Cholera in southern India
Disease focus: Cholera
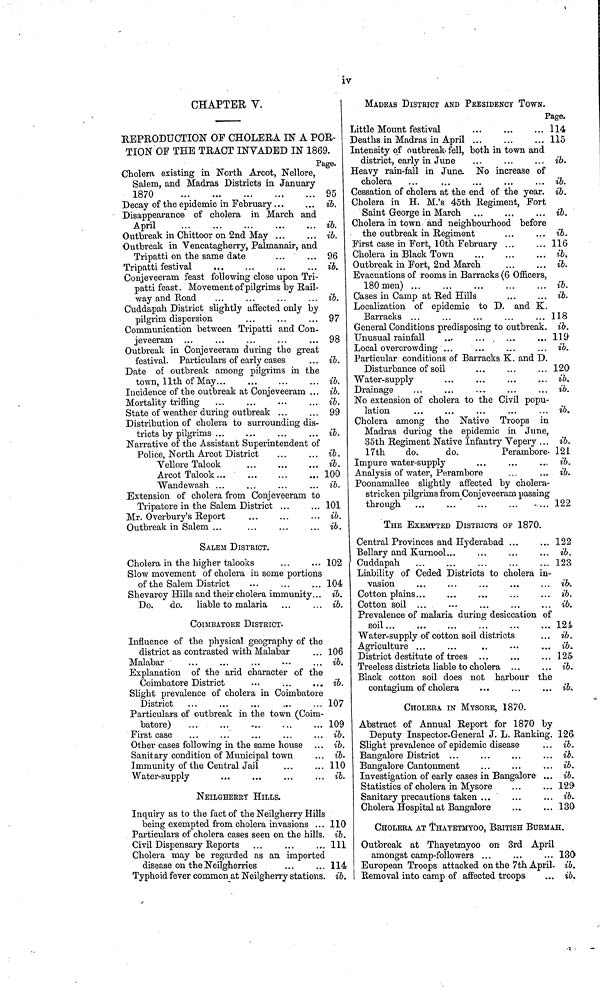
iv
CHAPTER V.
REPRODUCTION OF CHOLERA IN A POR-
TION OP THE TRACT INVADED IN 1869.
Page.
Cholera existing in North Arcot, Nellore,
Salem, and Madras Districts in January
1870
95
Decay of the epidemic in February...
... ib.
Disappearance of cholera in March and
April
...
...
...
...
... ib.
Outbreak in Chittoor on 2nd May
ib.
Outbreak in Vencatagherry, Palmanair, and
Tripatti on the same date
...
... 96
Tripatti festival
.,
ib.
Conjeveeram feast following close upon Tri-
patti feast. Movement of pilgrims by Bail-
way and Road
...
...
...
... ib.
Cuddapah District slightly affected only by
pilgrim dispersion
...
...
... 97
Communication between Tripatti and Con-
jeveeram ...
...
...
...
... 98
Outbreak in Conjeveeram during the great
festival. Particulars of early cases
... ib.
Date of outbreak among pilgrims in the
town, 11th of May
ib.
Incidence of the outbreak at Conjeveeram ... ib.
Mortality trifling
... ib.
State of weather during outbreak
99
Distribution of cholera to surrounding dis-
tricts by pilgrims ...
...
...
... ib.
Narrative of the Assistant Superintendent of
Police, North Arcot District
...
... ib.
Vellore Talook
...
...
... ib.
Arcot Talook
100
Wandewash ...
...
...
... ib.
Extension of cholera from Conjeveeram to
Tripatore in the Salem District ... ... 101
Mr. Overbury's Report
...
...
... ib.
Outbreak in Salem ...
...
...
... ib.
SALEM DISTRICT.
Cholera in the higher talooks
...
... 102
Slow movement of cholera in some portions
of the Salem District
...
104
Shevaroy Hills and their cholera immunity... ib.
Do.
do. liable to malaria ...
... ib.
COIMBATORE DISTRICT.
Influence of the physical geography of the
district as contrasted with Malabar
... 106
Malabar
...
...
...
...
... ib,
Explanation of the arid character of the
Coimbatore District
...
...
... ib.
Slight prevalence of cholera in Coimbatore
District
107
Particulars of outbreak in the town (Coim-
batore)
109
First case
...
...
...
...
... ib.
Other cases following in the same house ... ib.
Sanitary condition of Municipal town
... ib.
Immunity of the Central Jail
...
... 110
Water-supply
...
...
...
... ib.
NEILGHEBRY HILLS.
Inquiry as to the fact of the Neilgherry Hills
being exempted from cholera invasions ... 110
Particulars of cholera cases seen on the hills. ib.
Civil Dispensary Reports ...
...
... 111
Cholera may be regarded as an imported
disease on the Neilgherries
...
... 114
Typhoid fever common at Neilgherry stations. ib.
MADBAS DISTRICT AND PRESIDENCY TOWN.
Page.
Little Mount festival
...
...
... 114
Deaths in Madras in April
115
Intensity of outbreak- fell, both in town and
district, early in June
...
...
... ib.
Heavy rain-fall in June. No increase of
cholera
...
...
...
...
... ib.
Cessation of cholera at the end of the year. ib.
Cholera in H. M.'s 45th Regiment, Fort
Saint George in March ...
...
... ib.
Cholera in town and neighbourhood before
the outbreak in Regiment
...
... ib.
First case in Fort, 10th February
116
Cholera in Black Town
...
...
... ib,
Outbreak in Fort, 2nd March
...
... ib.
Evacuations of rooms in Barracks (6 Officers,
180 men)
ib.
Cases in Camp at Bed Hills
...
... ib.
Localization of epidemic to D. and K.
Barracks ...
...
...
...
... 118
General Conditions predisposing to outbreak. ib.
Unusual rainfall
..,
...
...
... 119
Local overcrowding ...
...
...
... ib.
Particular conditions of Barracks K. and D.
Disturbance of soil
...
...
... 120
Water-supply
...
...
...
... ib.
Drainage
...
...
...
...
... ib.
No extension of cholera to the Civil popu-
lation
...
...
...
...
... ib.
Cholera among the Native Troops in
Madras during the epidemic in June,
35th Regiment Native Infantry Vepery ... ib.
17th
do,
do.
Perambore- 121
Impure water-supply
...
...
.., ib.
Analysis of water, Perambore
...
.., ib.
Poonamallee slightly affected by cholera-
stricken pilgrims from Conjeveeram passing
through
122
THE EXEMPTED DISTRICTS OF 1870.
Central Provinces and Hyderabad
122
Bellary and Kurnool...
...
...
... ib.
Cuddapah
123
Liability of Ceded Districts to cholera in-
vasion
.,.
...
...
...
... ib.
Cotton plains...
...
...
...
... ib.
Cotton soil ...
...
...
...
... ib.
Prevalence of malaria during desiccation of
soil
124
Water-supply of cotton soil districts
... ib.
Agriculture
... ib.
District destitute of trees
125
Treeless districts liable to cholera
ib.
Black cotton soil does not harbour the
contagium of cholera
...
...
... ib.
CHOLERA IN MYSORE, 1870.
Abstract of Annual Report for 1870 by
Deputy Inspector-General J. L. Ranking. 126
Slight prevalence of epidemic disease
... ib.
Bangalore District ...
...
...
... ib.
Bangalore Cantonment
...
...
... ib.
Investigation of early cases in Bangalore ... ib.
Statistics of cholera in Mysore
...
... 129
Sanitary precautions taken ...
...
... ib.
Cholera Hospital at Bangalore
130
CHOLERA AT THATETMYOO, BRITISH BURMAH.
Outbreak at Thayetmyoo on 3rd April
amongst camp-followers
130
European Troops attacked on the 7th April. ib.
Removal into camp of affected troops
... ib.